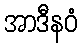
အာဒီနဝံ